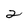
Character: 2